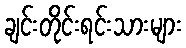
ချင်းတိုင်းရင်းသားများ